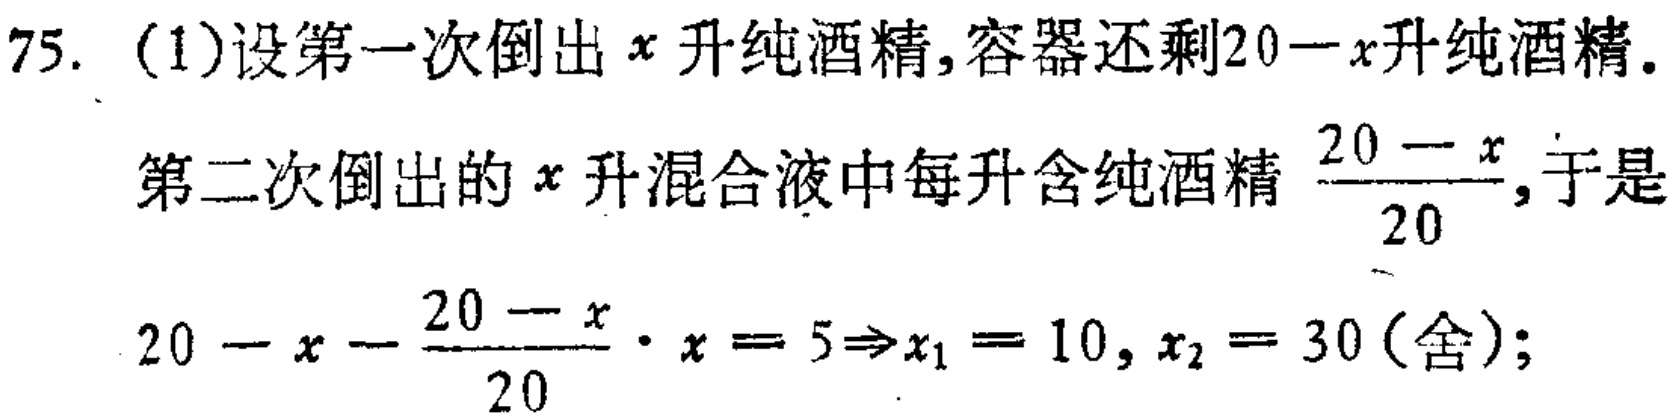
75. (1)设第一次倒出 \(x\) 升纯酒精,容器还剩\(20 - x\)升纯酒精.
第二次倒出的 \(x\) 升混合液中每升含纯酒精 \(\frac{20 - x}{20}\),于是
\(20 - x - \frac{20 - x}{20} \cdot x = 5\Rightarrow x_1 = 10, x_2 = 30 (\text{舍});\)